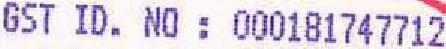
GST ID. NO : 000181747712